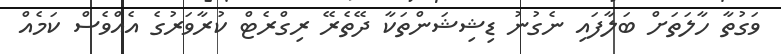
ވަގުތާ ހާލަތަށް ބަލާފައި ނެގުނު ޑިޝިޝަންތަކާ ދޭތެރޭ ރިގްރެޓް ކުރާވަރުގެ އެއްވެސް ކަމެއް